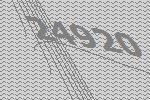
24920